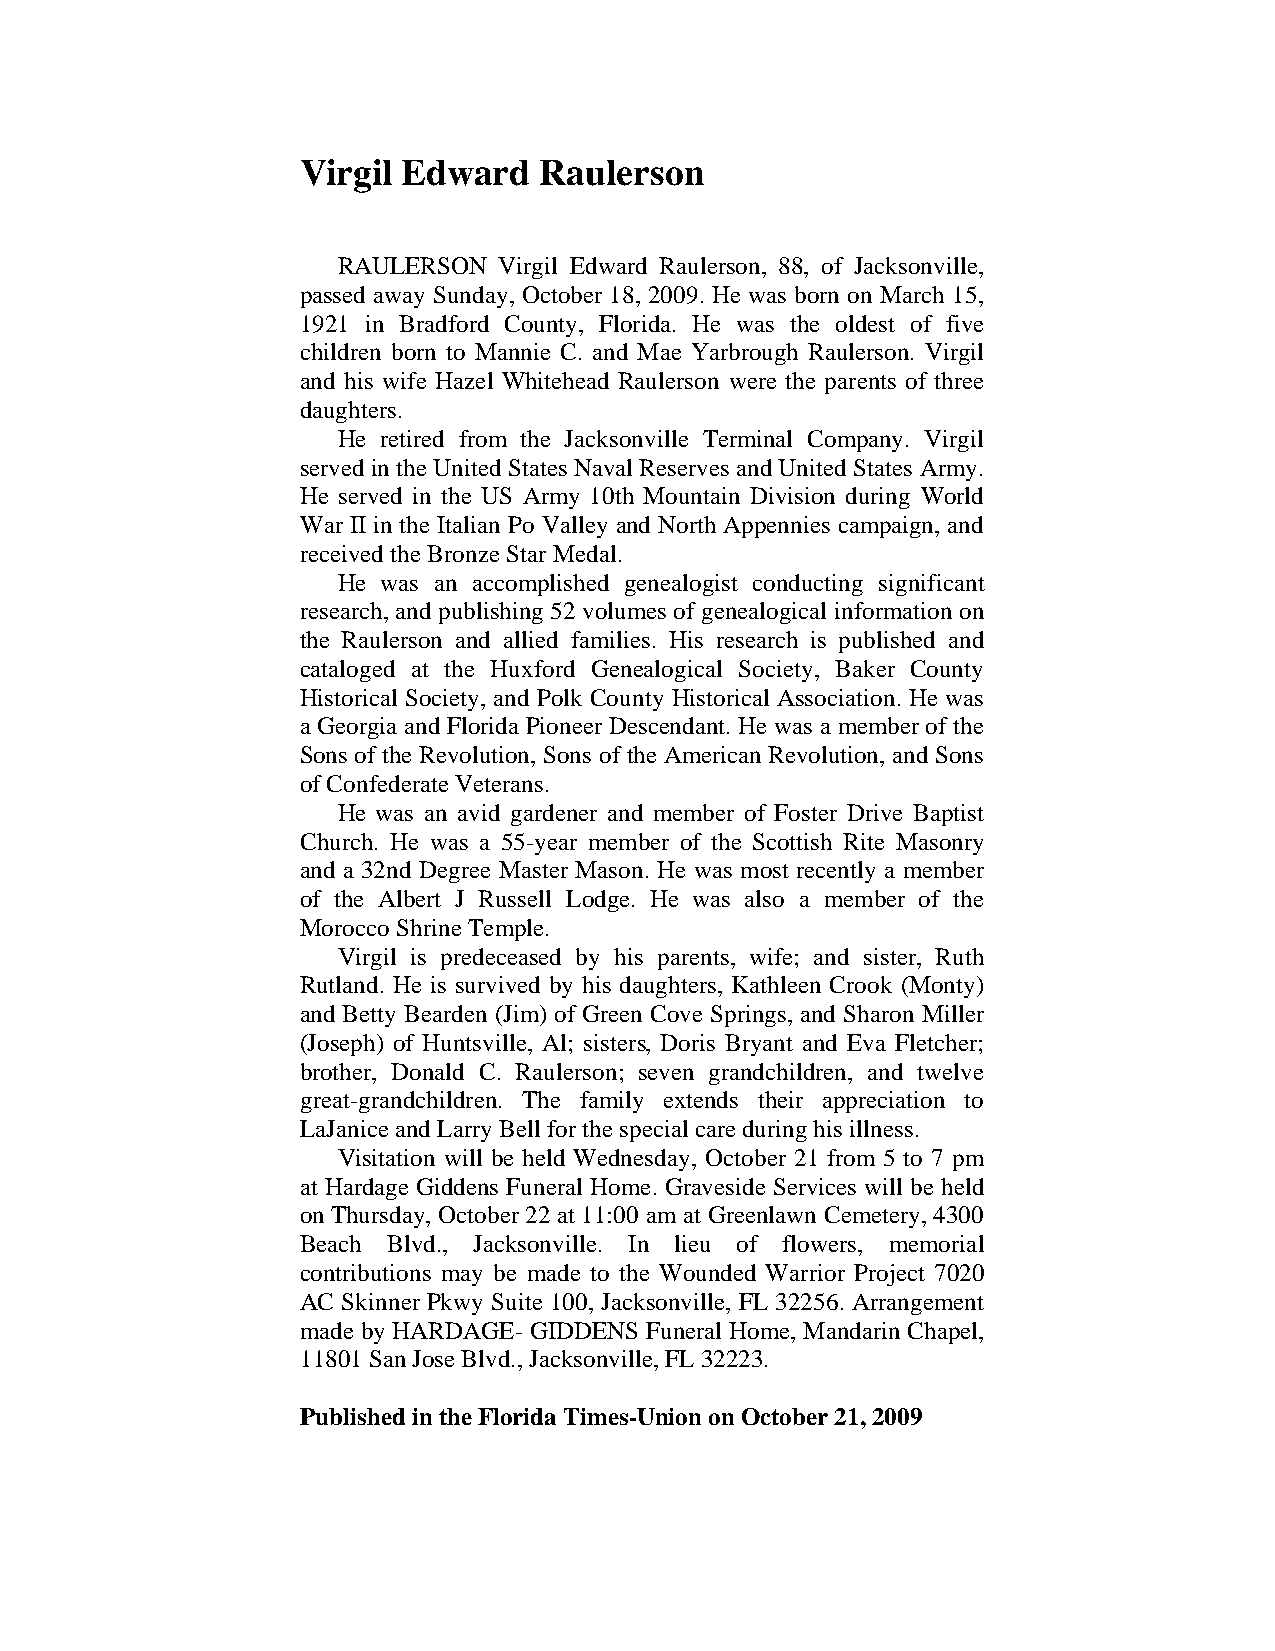
Virgil Edward   Raulerson
 RAULERSON  Virgil Edward Raulerson, 88, of Jacksonville,
 passed away Sunday, October 18, 2009. He was born on March 15,
 1921 in Bradford County, Florida. He was the oldest of five
 children born to Mannie C. and Mae Yarbrough Raulerson. Virgil
 and his wife Hazel Whitehead Raulerson were the parents of three
 daughters.
 He retired from the Jacksonville Terminal Company. Virgil
 served in the United States Naval Reserves and United States Army.
 He served in the US Army 10th Mountain Division during World
 War II in the Italian Po Valley and North Appennies campaign, and
 received the Bronze Star Medal.
 He was an accomplished genealogist conducting significant
 research, and publishing 52 volumes of genealogical information on
 the Raulerson and allied families. His research is published and
 cataloged at the Huxford Genealogical Society, Baker County
 Historical Society, and Polk County Historical Association. He was
 a Georgia and Florida Pioneer Descendant. He was a member of the
 Sons of the Revolution, Sons of the American Revolution, and Sons
 of Confederate Veterans.
 He was an avid gardener and member of Foster Drive Baptist
 Church. He was a 55-year member of the Scottish Rite Masonry
 and a 32nd Degree Master Mason. He was most recently a member
 of the Albert J Russell Lodge. He was also a member of the
 Morocco Shrine Temple.
 Virgil is predeceased by his parents, wife; and sister, Ruth
 Rutland. He is survived by his daughters, Kathleen Crook (Monty)
 and Betty Bearden (Jim) of Green Cove Springs, and Sharon Miller
 (Joseph) of Huntsville, Al; sisters, Doris Bryant and Eva Fletcher;
 brother, Donald C. Raulerson; seven grandchildren, and twelve
 great-grandchildren. The family extends their appreciation to
 LaJanice and Larry Bell for the special care during his illness.
 Visitation will be held Wednesday, October 21 from 5 to 7 pm
 at Hardage Giddens Funeral Home. Graveside Services will be held
 on Thursday, October 22 at 11:00 am at Greenlawn Cemetery, 4300
 Beach Blvd., Jacksonville. In lieu of flowers, memorial
 contributions may be made to the Wounded Warrior Project 7020
 AC Skinner Pkwy Suite 100, Jacksonville, FL 32256. Arrangement
 made by HARDAGE- GIDDENS Funeral Home, Mandarin Chapel,
 11801 San Jose Blvd., Jacksonville, FL 32223.
 Published in the Florida Times-Union on October 21, 2009